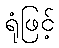
ရုံဖြင့်